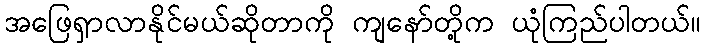
အဖြေရှာလာနိုင်မယ်ဆိုတာကို ကျနော်တို့က ယုံကြည်ပါတယ်။